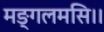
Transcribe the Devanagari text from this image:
मङ्गलमसि।।